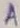
Text: A